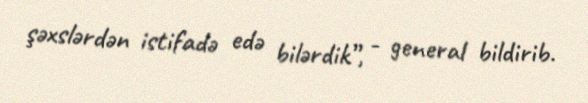
şəxslərdən istifadə edə bilərdik”, - general bildirib.